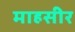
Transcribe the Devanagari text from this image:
माहसीर